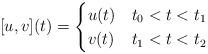
LaTeX: \begin{align*} [u,v](t) = \begin{cases} u(t) &t_0 < t < t_1 \\ v(t) &t_1 < t < t_2 \end{cases}\end{align*}